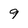
Character: 9